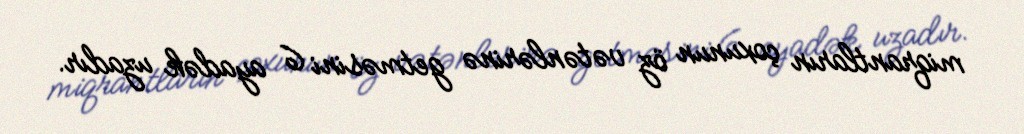
miqrantların çoxunun öz vətənlərinə getməsini 6 ayadək uzadır.